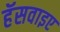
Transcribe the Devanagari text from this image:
हॅसवाइए